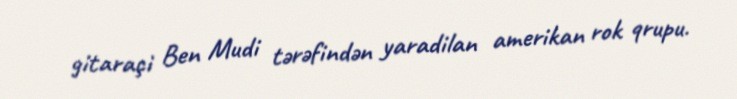
gitaraçi Ben Mudi tərəfindən yaradilan amerikan rok qrupu.